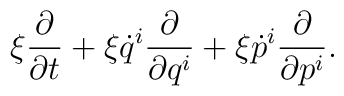
\xi\frac{\partial}{\partial t}+\xi \dot{q}^{i}   \frac{\partial}{\partial q^{i}}+\xi \dot{p}^{i}   \frac{\partial}{\partial p^{i}}.